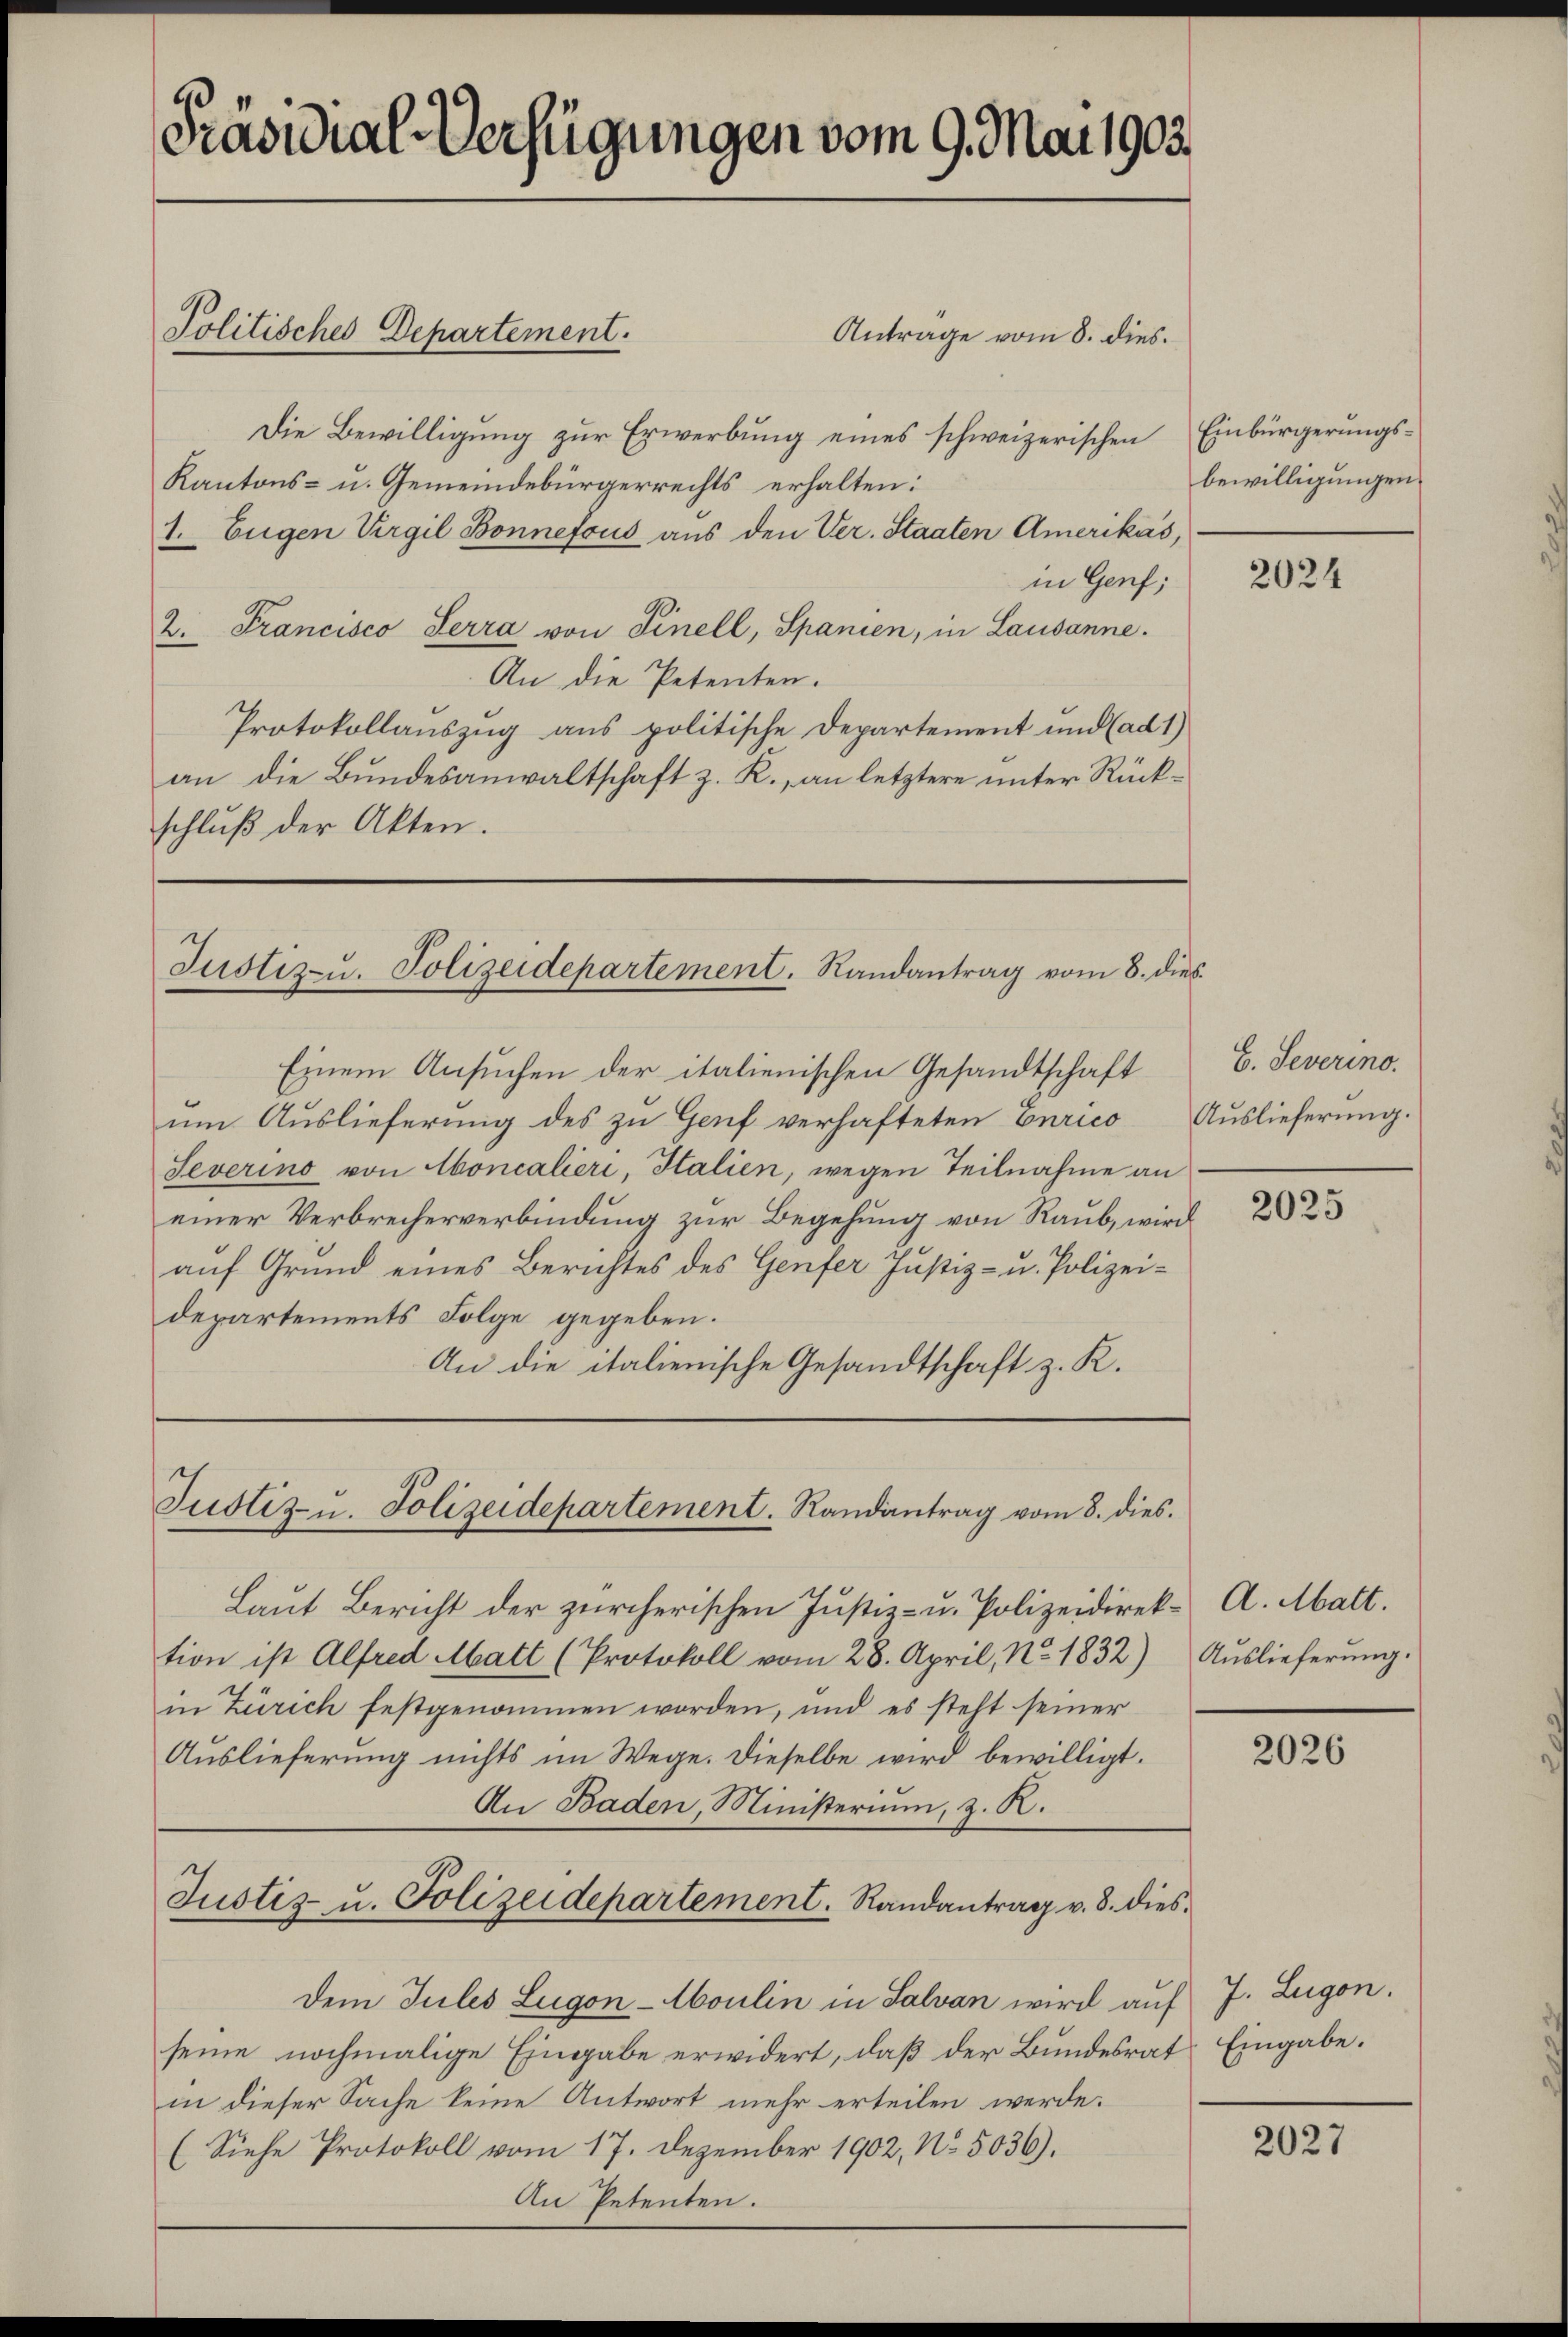
Präsidial-Verfügungen vom 9. Mai 1903.

Antrage vom 8. dies
Die Bewilligung zur Erwerbung eines schweizerischen
Kantons- u. Gemeindebürgerrechts erhalten:
1. Eugen Virgil Bonnefous aus den Ver. Staaten Amerikas,
in Genf;
2. Francisco Terra von Finell, Spanien, in Lausanne.
An die Petenten.
Protokollauszug aus politische Departement und (ad 1)
an die Bundesanwaltschaft z. R., an letztere unter Rückschluß der Akten.

Politisches Departement.

Einem Ansuchen der italienischen Gesandtschaft
ŭm Aŭslieferŭng des zŭ Genf verhafteten Eurico Auslieferŭng.
Severino von Concalieri, Halien, wegen Teilnahme an
einer Verbrecherverbindung zur Begehung von Raub, wird
auf Grund eines Berichtes des Genfer Justiz- u. Polizeidepartements Folge gegeben.
An die italienische Gesandtschaft z. K.

Justiz-u. Polizeidepartement. Randantrag vom 8. dies

Laut Bericht der zürcherischen Justiz- u. Polizeidirek- A. Matt.
tion ist Alfred Matt (Protokoll vom 28. April, No. 1832)
in Zürich festgenommen worden, und es steht seiner
Auslieferung nichts im Wege. Dieselbe wird bewilligt.
An Baden, Ministerium, z. R.
Justiz- u. Polizeidepartement. Randantrag v. 8. dies
Dem Jules Lugon-Aboulin in Salvan wird auf J. Zugon.
seine nochmalige Eingabe erwidert, daß der Bundesrat Eingabe.
in dieser Sache keine Antwort mehr erteilen werde.
(Siehe Protokoll vom 17. Dezember 1902, No. 5036).
An Petenten.

Justiz- u. Polizeidepartement. Randantrag vom 8. dies

Einbürgerungsbewilligungen.

2024

E. Severino.

2025

Auslieferung.

2026

2027